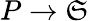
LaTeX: P\rightarrow\mathfrak{S}